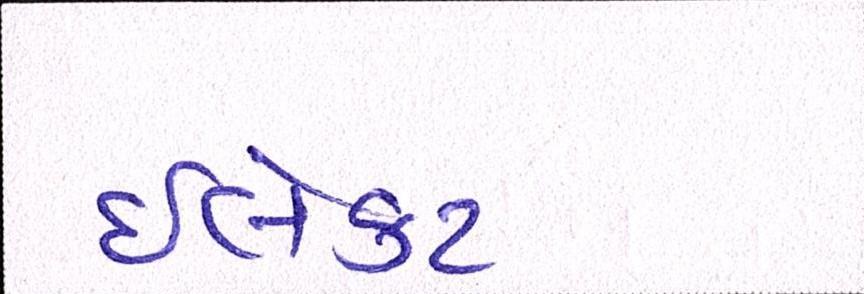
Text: ઈલેક્ટ